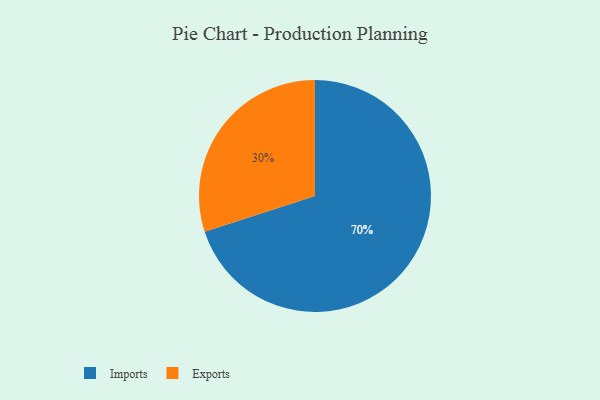
{"axis": {"x": "Category", "y": "Percentage"}, "legend": ["Exports", "Imports"], "data": [{"x": "Exports", "y": 30, "type": "Exports"}, {"x": "Imports", "y": 70, "type": "Imports"}]}